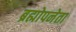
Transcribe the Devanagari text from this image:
ब्रह्मोपनेता